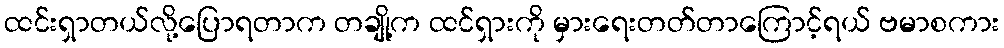
ထင်းရှာတယ်လို့ပြောရတာက တချို့က ထင်ရှားကို မှားရေးတတ်တာကြောင့်ရယ် ဗမာစကား